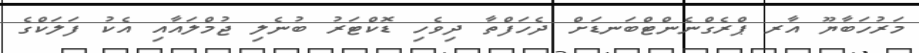
މަރުހަބާޔޫ އާރ ޕްރެގްނެންޓްބަނޑަށް ދެހަފްތާ ދިވެހި ޑޮކްޓަރު ބުނެލި ޖުމްލައާއި އެކު ފަލަކްގެ